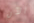
الآن